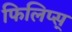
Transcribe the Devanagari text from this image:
फिलिप्स्